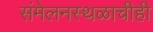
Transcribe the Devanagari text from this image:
संमेलनस्थळाचीही